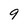
Character: 9